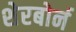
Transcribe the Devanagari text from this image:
शेरबोर्न